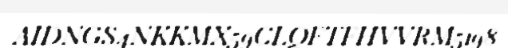
AIDNGS4NKKMX59CLQFTFHVVRM5198